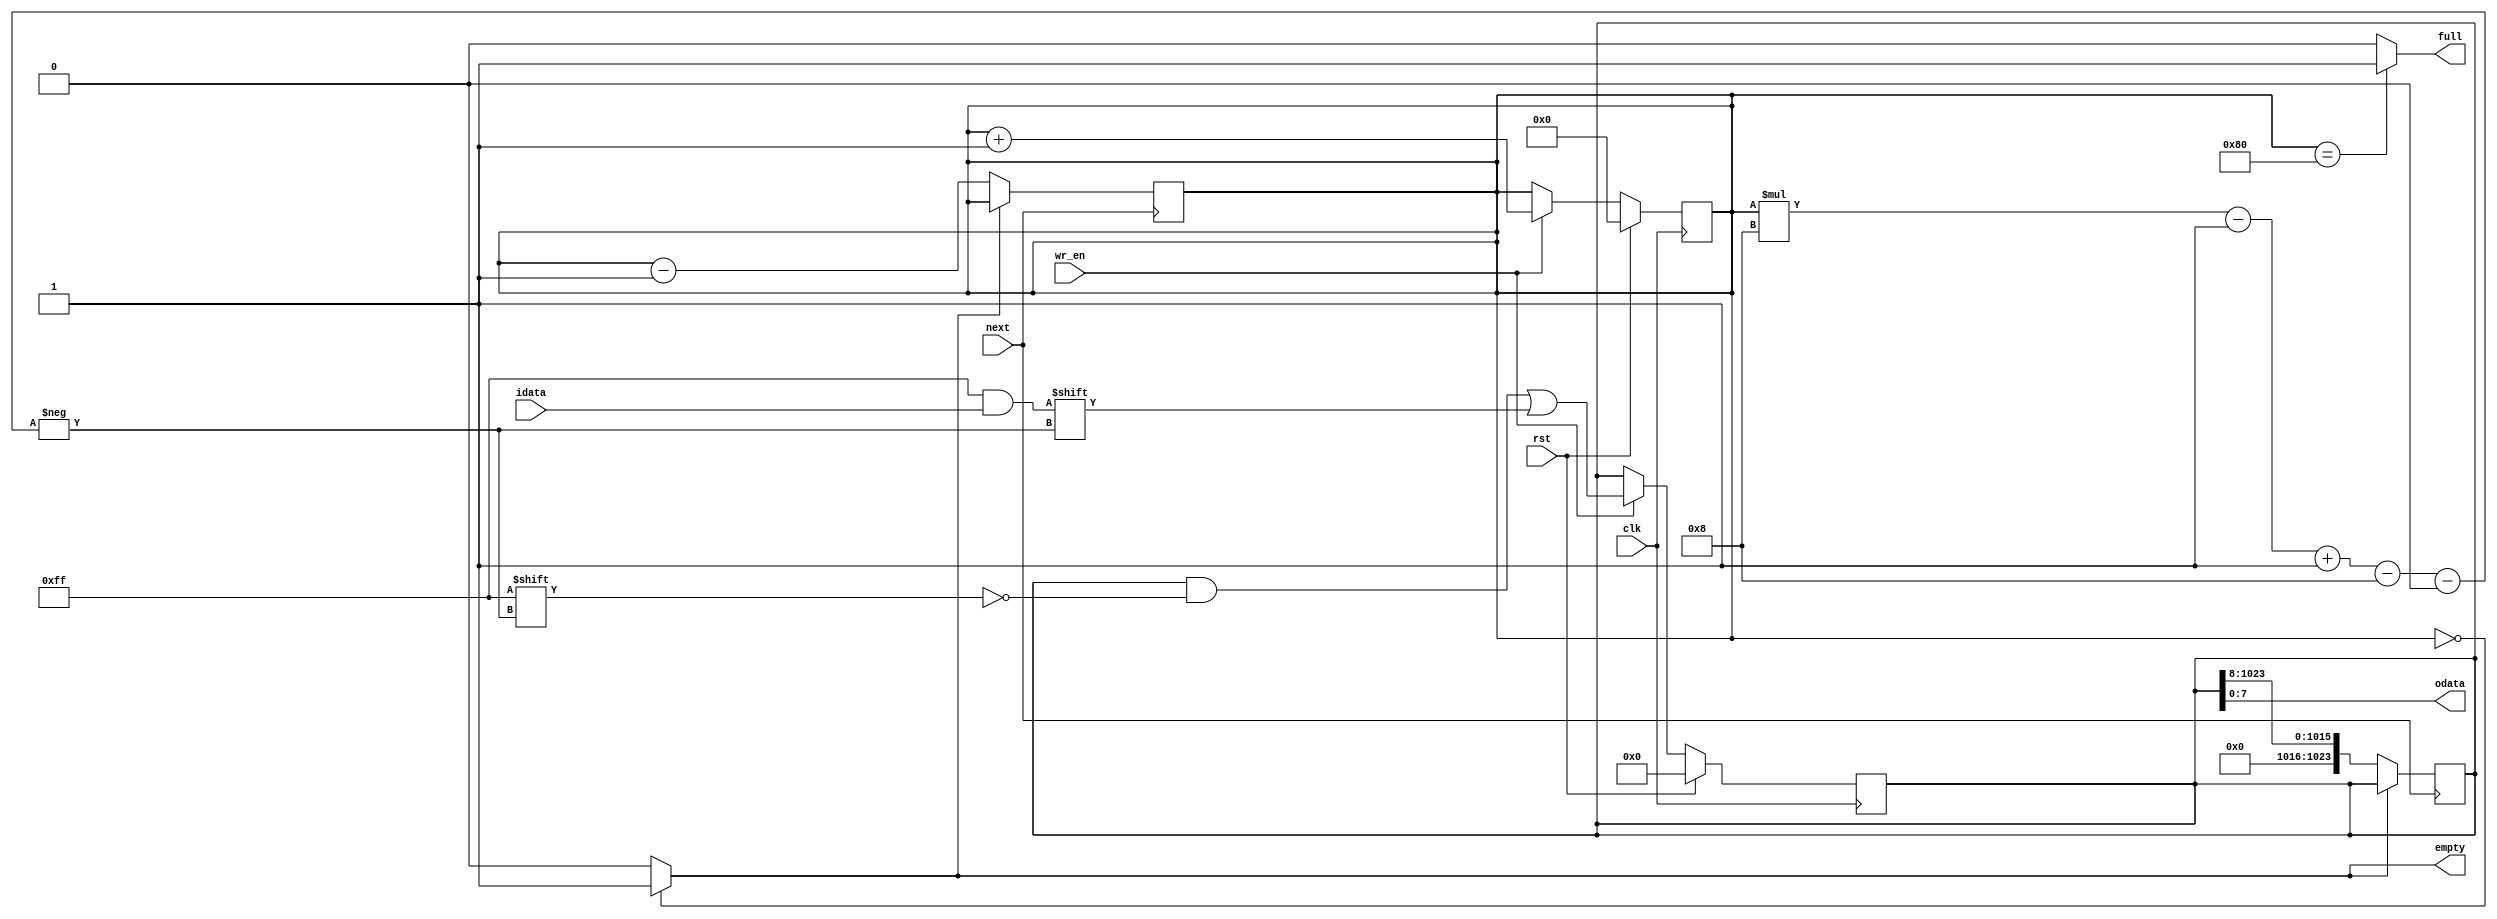
module fifo(
	input  wire              rst        ,
	input  wire              clk        ,
	input  wire [WIDTH-1:0]  idata      ,    //Input Data
	output wire [WIDTH-1:0]  odata      ,    //Output
	input  wire              next       ,    //Read Enable (Get Next Word)
	input  wire              wr_en      ,    //Write Enable
	output wire              full       ,    //FIFO Full Flag
	output wire              empty           //FIFO Empty Flag
	);

	//Module Parameters
	parameter WIDTH  = 8             ; 
	parameter NCBIT  = 7             ;
	parameter NWRD   = 1<<NCBIT      ;
	parameter SIZE   = WIDTH*NWRD    ;

	//Internal Members
	reg  [SIZE-1 :0]  mem            ;
	reg  [NWRD-1 :0]  ctr            ;

	//Data Addressing
	assign empty = ctr== 0    ? 1'b1 : 1'b0;        //FIFO Empty Flag
	assign full  = ctr== NWRD ? 1'b1 : 1'b0;        //FIFO Full Flag
	assign odata = mem[WIDTH-1-:WIDTH]     ;        //Output Data

	always @ (posedge next) begin
		if(~empty) begin
			mem<= mem>>WIDTH;
			ctr<= ctr- 1'b1;
		end
	end

	always @ (posedge clk) begin
		if(rst) begin
			mem<= { WIDTH {1'b0} };
			ctr<= { NWRD  {1'b0} };
		end else if(wr_en) begin
			mem[ctr*WIDTH-1-:WIDTH]<= idata;
			ctr<= ctr+ 1'b1;
		end
	end
endmodule